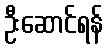
ဦးဆောင်ရန်